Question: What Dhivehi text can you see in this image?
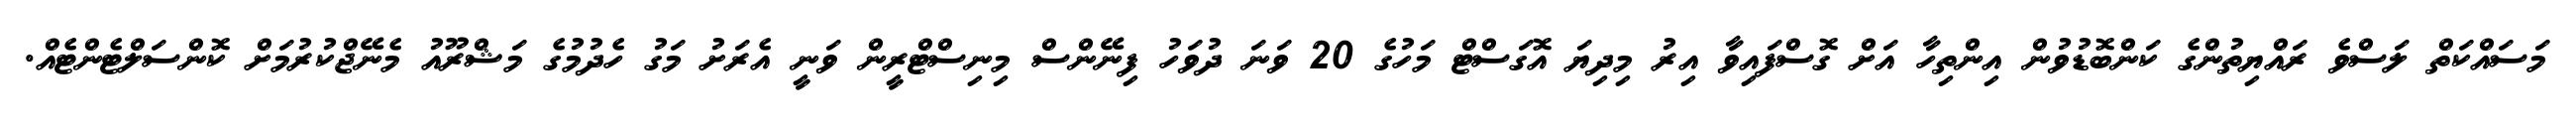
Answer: މަސައްކަތް ލަސްވެ ރައްޔިތުންގެ ކަންބޮޑުވުން އިންތިހާ އަށް ގޮސްފައިވާ އިރު މިދިޔަ އޮގަސްޓް މަހުގެ 20 ވަނަ ދުވަހު ފިނޭންސް މިނިސްޓްރީން ވަނީ އެރަށު މަގު ހެދުމުގެ މަޝްރޫއު މެނޭޖްކުރުމަށް ކޮންސަލްޓެންޓެއް.